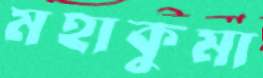
মহাকুমা